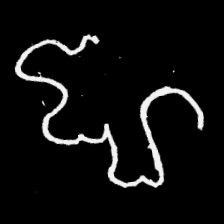
Pyu character \u2014 Myanmar letter: ဈ (romanized: jha)